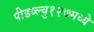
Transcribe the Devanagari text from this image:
पीडब्ल्यु१२७मध्ये